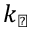
k _ { \perp }